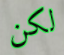
لكن